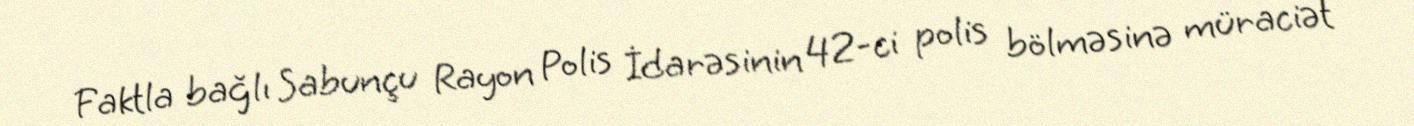
Faktla bağlı Sabunçu Rayon Polis İdarəsinin 42-ci polis bölməsinə müraciət